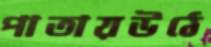
পাতায়উঠে